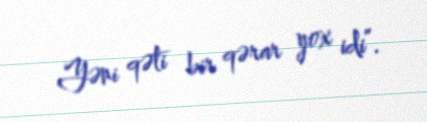
Yəni qəti bir qərar yox idi”.